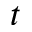
t